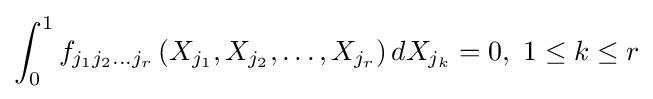
\int _{0}^{1}f_{j_{1}j_{2}\dots j_{r}}\left(X_{j_{1}},X_{j_{2}},\dots ,X_{j_{r}}\right)dX_{j_{k}}=0,{\text{ }}1\leq k\leq r